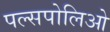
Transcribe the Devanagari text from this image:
पल्सपोलिओ